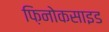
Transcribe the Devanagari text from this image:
फ़िनोकसाइड